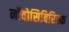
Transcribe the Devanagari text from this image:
नॉवोसिबिरिस्क